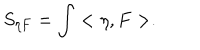
S _ { \eta F } = \int < \eta , F > .